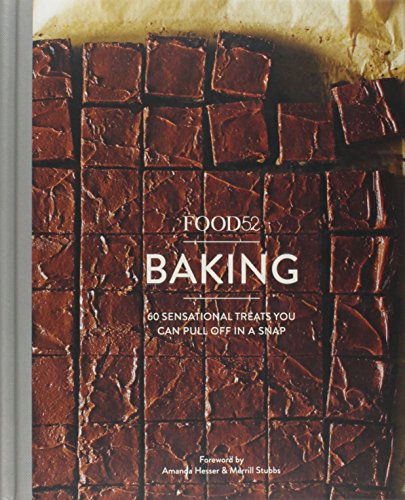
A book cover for Food52 Baking: 60 Sensational Treats You Can Pull Off in a Snap (Food52 Works); Editors of Food52; Cookbooks, Food & Wine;